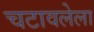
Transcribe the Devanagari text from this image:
चटावलेला